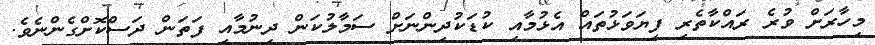
މިހާރަށް ވުރެ ރައްކާތެރި ފިޔަވަޅުތައް އެޅުމާއި ކުޑަކުދިންނަށް ސަމާލުކަން ދިނުމާއި ފަތަން ދަސްކޮށްގެންނެވެ.